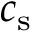
c _ { \mathrm { s } }